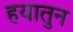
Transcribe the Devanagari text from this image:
हयातुन